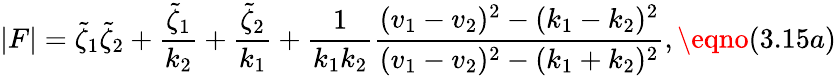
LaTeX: |F|=\tilde{\zeta}_{1}\tilde{\zeta}_{2}+{\frac{\tilde{\zeta}_{1}}{k_{2}}}+{\frac{\tilde{\zeta}_{2}}{k_{1}}}+{\frac{1}{k_{1}k_{2}}}{\frac{(v_{1}-v_{2})^{2}-(k_{1}-k_{2})^{2}}{(v_{1}-v_{2})^{2}-(k_{1}+k_{2})^{2}}},\eqno(3.15a)